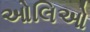
ઓલિઓ